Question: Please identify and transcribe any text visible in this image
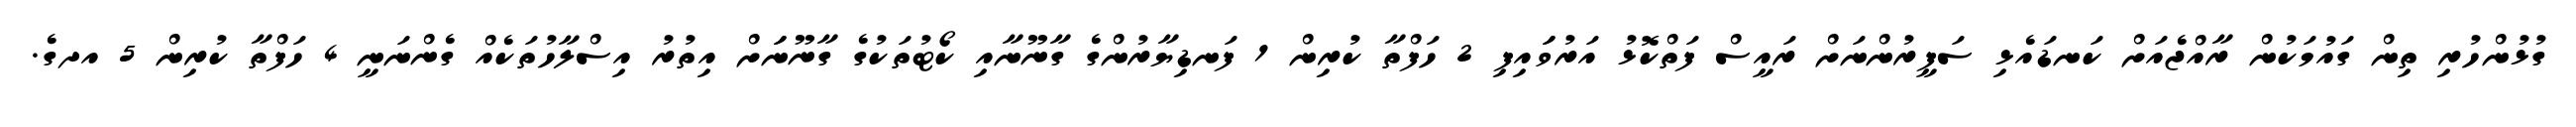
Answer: ގުޅުންހުރި ތިން ގައުމަކުން ރާއްޖެއަށް ކަނޑައެޅި ސަފީރުންނަށް ރައީސް ފަތްކޮޅު އަރުވަައިފި 2 ހަފްތާ ކުރިން 1 ފަނޑިޔާރުންގެ ގާނޫނާއި ކޯޓުތަކުގެ ގާނޫނަަށް އިތުރު އިސްލާހުތަކެއް ގެންނަނީ 4 ހަފްތާ ކުރިން 5 އދގެ.